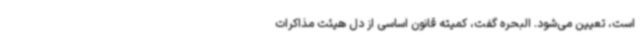
است، تعیین می‌شود. البحره گفت، کمیته قانون اساسی از دل هیئت مذاکرات